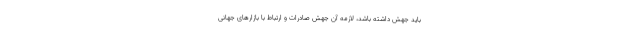
باید جهش داشته باشد، لازمه آن جهش صادرات و ارتباط با بازارهای جهانی